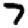
Digit: 7